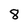
Character: 8